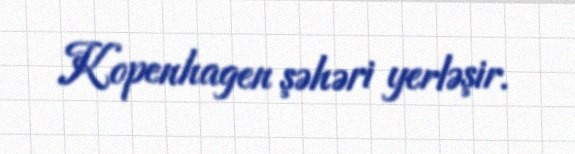
Kopenhagen şəhəri yerləşir.